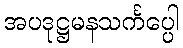
အပဒုဋ္ဌမနသင်္ကပ္ပေါ